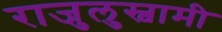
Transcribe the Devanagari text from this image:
राजुलुस्वामी